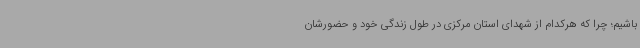
باشیم؛ چرا که هرکدام از شهدای استان مرکزی در طول زندگی خود و حضورشان